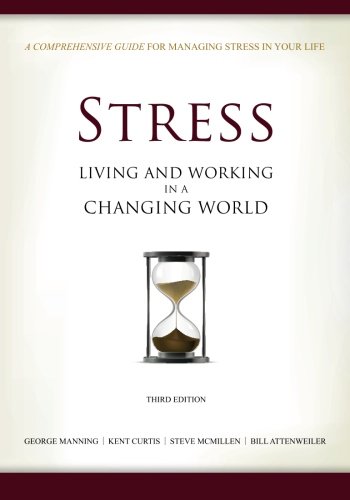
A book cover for Stress: Living and Working in a Changing World; George Manning; Medical Books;